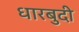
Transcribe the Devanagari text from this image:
धारबुदी